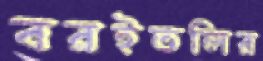
বরইতলির